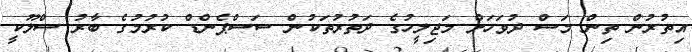
އިތުރުން ތިން މަސް ދުވަހަށް މަޖިލީހުގެ ދަތުރުތަކުން ސަސްޕެންޑް ކުރުމުގެ ބާރު ސްލޫކީ